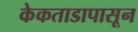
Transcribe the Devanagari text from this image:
केकताडापासून